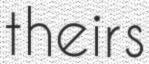
theirs